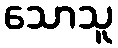
သောသူ